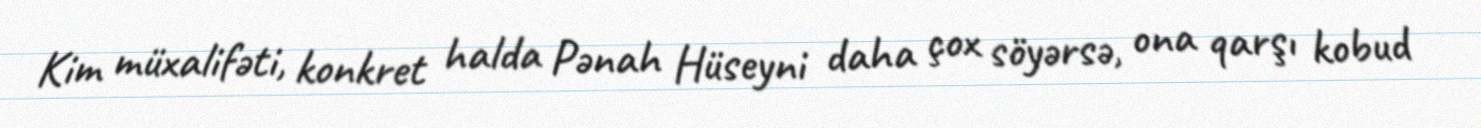
Kim müxalifəti, konkret halda Pənah Hüseyni daha çox söyərsə, ona qarşı kobud